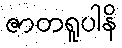
ဇာတရူပါနိ